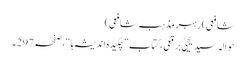
شافعی)رہبر مذہب ِشافعی)
حوالہ سید یحییٰ برقعی، کتاب ”چکیدہ اندیشہ ہا“،صفحہ297۔